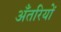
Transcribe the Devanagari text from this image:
अँतरियों